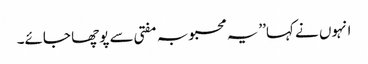
انہوں نے کہا’’یہ محبوبہ مفتی سے پوچھا جائے۔